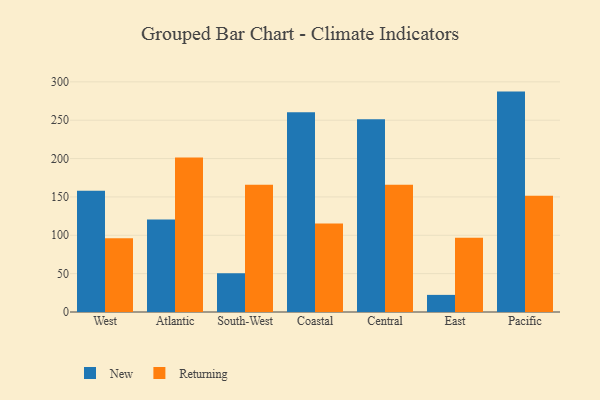
{"axis": {"x": "Region", "y": "Customer Acquisition Cost (USD)"}, "legend": ["New", "Returning"], "data": [{"x": "West", "y": 158.0, "type": "New"}, {"x": "West", "y": 96.2, "type": "Returning"}, {"x": "Atlantic", "y": 120.5, "type": "New"}, {"x": "Atlantic", "y": 201.5, "type": "Returning"}, {"x": "South-West", "y": 50.5, "type": "New"}, {"x": "South-West", "y": 166.0, "type": "Returning"}, {"x": "Coastal", "y": 260.4, "type": "New"}, {"x": "Coastal", "y": 115.4, "type": "Returning"}, {"x": "Central", "y": 251.1, "type": "New"}, {"x": "Central", "y": 166.0, "type": "Returning"}, {"x": "East", "y": 22.3, "type": "New"}, {"x": "East", "y": 96.7, "type": "Returning"}, {"x": "Pacific", "y": 287.3, "type": "New"}, {"x": "Pacific", "y": 151.4, "type": "Returning"}]}